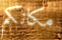
مكانكم